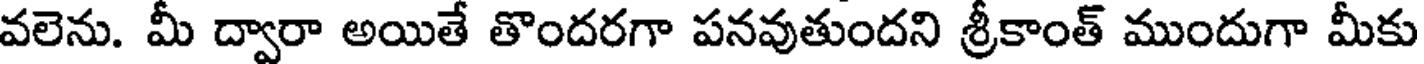
వలెను. మీ ద్వారా అయితే తొందరగా పనవుతుందని శ్రీకాంత్ ముందుగా మీకు